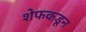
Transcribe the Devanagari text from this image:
शेफकडून